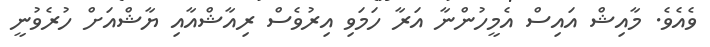
ވެއެވެ. މާއިޝް އައިސް އެމީހުންނާ އަރާ ހަމަވި އިރުވެސް ރިއާޝްއާއި ޔާޝްއަށް ހުރެވުނީ